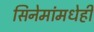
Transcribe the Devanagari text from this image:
सिनेमांमधेही